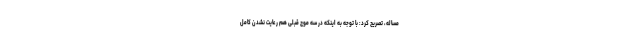
مساله، تصریح کرد: با توجه به اینکه در سه موج قبلی هم رعایت نشدن کامل